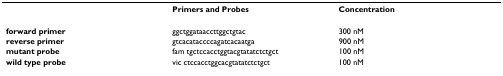
<table><thead><tr><td></td><td><b>Primers and Probes</b></td><td><b>Concentration</b></td></tr></thead><tbody><tr><td><b>forward primer</b></td><td>ggctggataaccttggctgtac</td><td>300 nM</td></tr><tr><td><b>reverse primer</b></td><td>gtcacataccccagatcacaatga</td><td>900 nM</td></tr><tr><td><b>mutant probe</b></td><td>fam tgctccacctggtacgtatatctctgct</td><td>100 nM</td></tr><tr><td><b>wild type probe</b></td><td>vic ctccacctggcacgtatatctctgct</td><td>100 nM</td></tr></tbody></table>